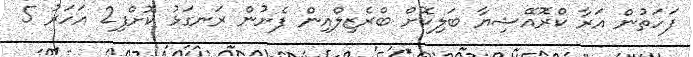
ފަހަތުން އަރާ ކްރޮއޭޝިޔާ ބަލިކޮށް ބްރެޒިލްއިން ފެށުން ރަނގަޅު ކޮށްފި2 އަހަރު 5